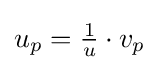
u_{p}={\tfrac {1}{u}}\cdot v_{p}